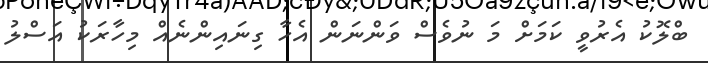
ބްލޮކު އެރުވީ ކަމަށް މަ ނުވެސް ވަންނަން އެހާ ގިނައިންނެއް މިހާރަކު އަސްލު